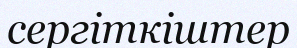
сергіткіштер